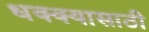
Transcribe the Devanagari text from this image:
धक्क्यासाठी